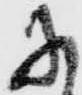
に